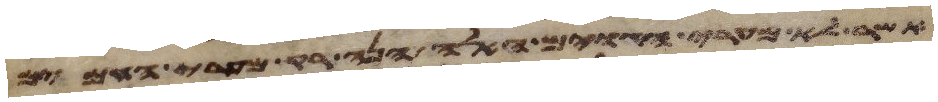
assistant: אשר לא מערי הגוים האלה הנה רק מערי העמים